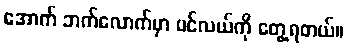
အောက် ဘက်လောက်မှာ ပင်လယ်ကို တွေ့ရတယ်။